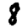
Digit: 8